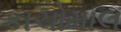
કાચોમાલ